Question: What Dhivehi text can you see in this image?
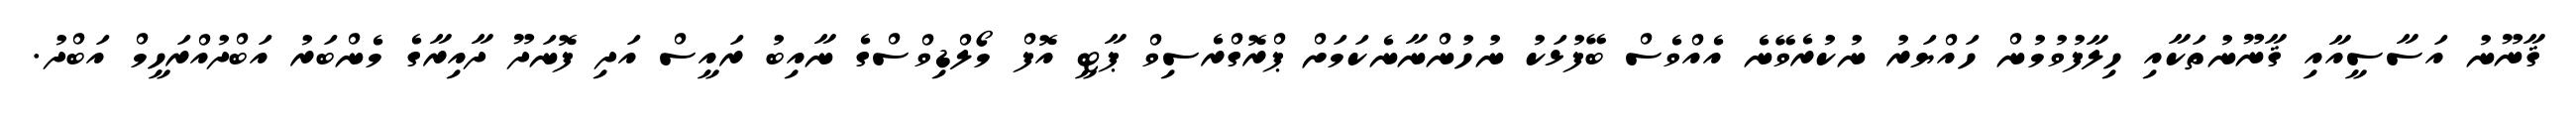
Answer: ޤާނޫނު އަސާސީއާއި ޤާނޫނުތަކާއި ހިލާފުވުމުން ހައްޔަރު ނުކުރެވޭނެ އެއްވެސް ބޭފުޅަކު ނުހުންނާނެކަމަށް ޕްރޮގްރެސިވް ޕާޓީ އޮފް މޯލްޑިވްސްގެ ނާއިބު ރައީސް އަދި ފޮނަދޫ ދާއިރާގެ މެންބަރު އަބްދުއްރަހީމް އަބްދު.